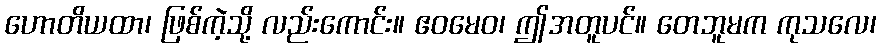
ဟောတိယထာ၊ ဖြစ်ကဲ့သို့ လည်းကောင်း။ ဧဝမေဝ၊ ဤအတူပင်။ တေဘူမက ကုသလေ၊